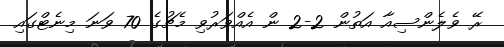
ރޭ ވެލެންސިއާ އަތުން 2-2 ން އެއްވަރުވި މެޗުގެ 70 ވަނަ މިނެޓްގައި